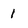
Character: 1